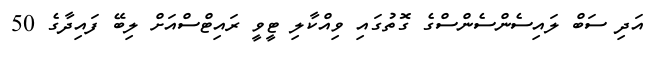
އަދި ސަބް ލައިސެންސެންސްގެ ގޮތުގައި ވިއްކާލި ޓީވީ ރައިޓްސްއަށް ލިބޭ ފައިދާގެ 50